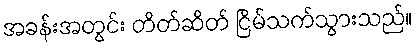
အခန်းအတွင်း တိတ်ဆိတ် ငြိမ်သက်သွားသည်။